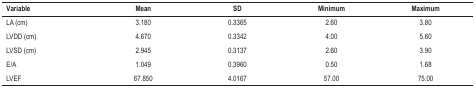
<table><thead><tr><td><b> Variable</b></td><td><b>Mean</b></td><td><b>SD</b></td><td><b>Minimum</b></td><td><b>Maximum</b></td></tr></thead><tbody><tr><td>LA (cm)</td><td>3,180</td><td>0,3365</td><td>2,60</td><td>3,80</td></tr><tr><td>LVDD (cm)</td><td>4,670</td><td>0,3342</td><td>4,00</td><td>5,60</td></tr><tr><td>LVSD (cm)</td><td>2,945</td><td>0,3137</td><td>2,60</td><td>3,90</td></tr><tr><td>E/A</td><td>1,049</td><td>0,3960</td><td>0,50</td><td>1,68</td></tr><tr><td>LVEF</td><td>67,850</td><td>4,0167</td><td>57,00</td><td>75,00</td></tr></tbody></table>